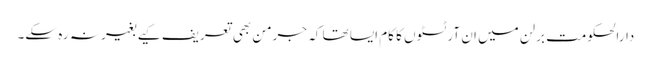
دارالحکومت برلن میں ان آرٹسٹوں کا کام ایسا تھا کہ جرمن بھی تعریف کیے بغیر نہ رہ سکے۔